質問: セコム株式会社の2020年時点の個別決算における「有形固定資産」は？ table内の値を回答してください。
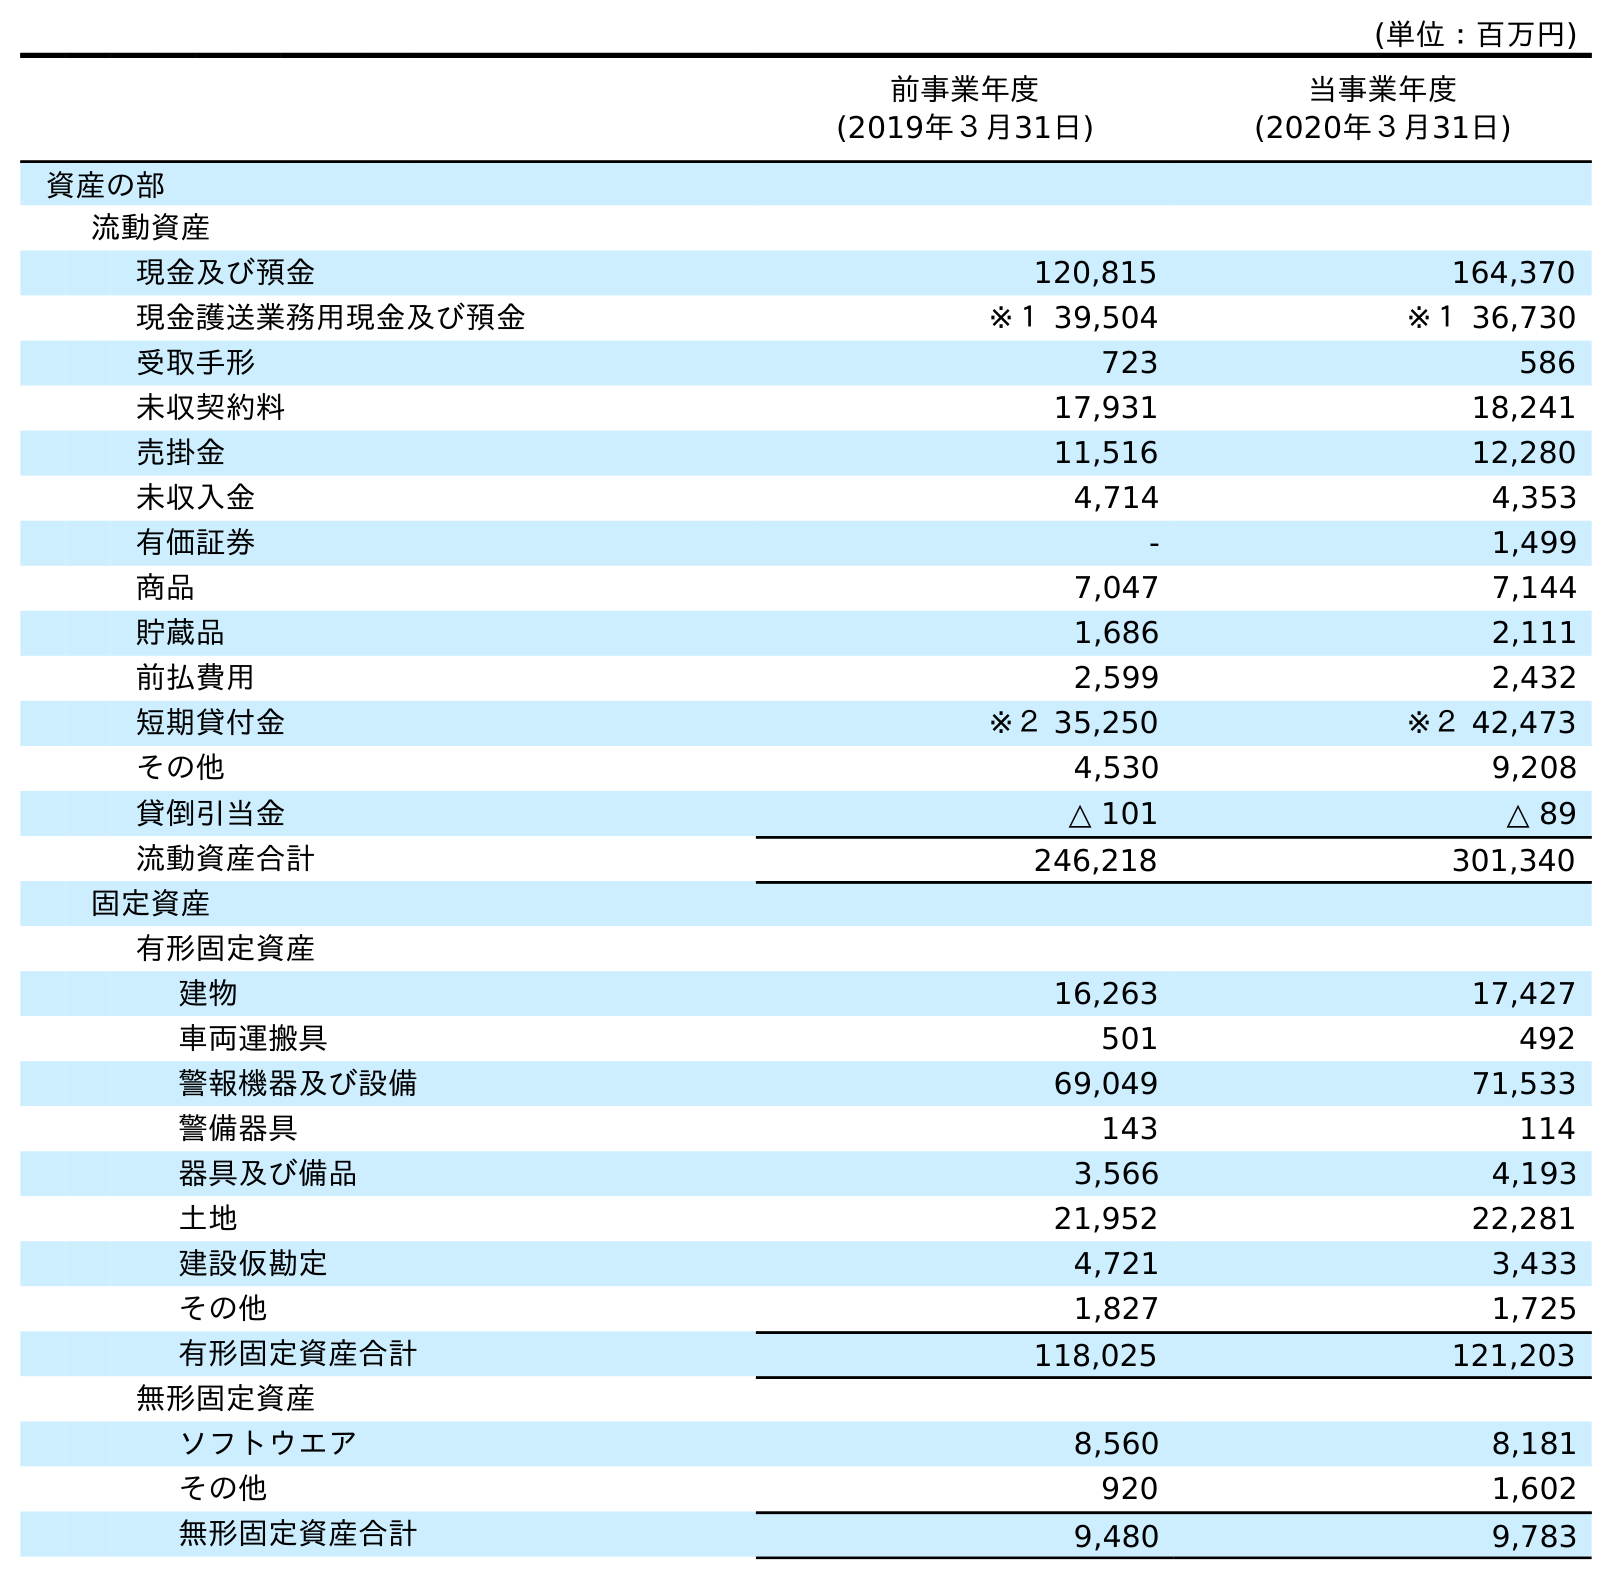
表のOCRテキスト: (単位：百万円) 前事業年度 (2019年３月31日) 当事業年度 (2020年３月31日) 資産の部 流動資産 現金及び預金 120,815 164,370 現金護送業務用現金及び預金 ※１ 39,504 ※１ 36,730 受取手形 723 586 未収契約料 17,931 18,241 売掛金 11,516 12,280 未収入金 4,714 4,353 有価証券 - 1,499 商品 7,047 7,144 貯蔵品 1,686 2,111 前払費用 2,599 2,432 短期貸付金 ※２ 35,250 ※２ 42,473 その他 4,530 9,208 貸倒引当金 △ 101 △ 89 流動資産合計 246,218 301,340 固定資産 有形固定資産 建物 16,263 17,427 車両運搬具 501 492 警報機器及び設備 69,049 71,533 警備器具 143 114 器具及び備品 3,566 4,193 土地 21,952 22,281 建設仮勘定 4,721 3,433 その他 1,827 1,725 有形固定資産合計 118,025 121,203 無形固定資産 ソフトウエア 8,560 8,181 その他 920 1,602 無形固定資産合計 9,480 9,783
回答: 121,203